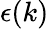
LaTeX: \epsilon(k)